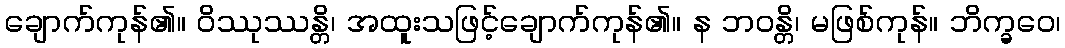
ချောက်ကုန်၏။ ဝိဿုဿန္တိ၊ အထူးသဖြင့်ချောက်ကုန်၏။ န ဘဝန္တိ၊ မဖြစ်ကုန်။ ဘိက္ခဝေ၊